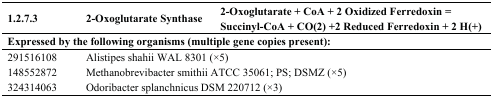
| 1.2.7.3 | 2-Oxoglutarate Synthase | 2-Oxoglutarate + CoA + 2 Oxidized Ferredoxin = Succinyl-CoA + CO(2) +2 Reduced Ferredoxin + 2 H(+) |
 | --- | --- | --- |
 | <COLSPAN=3> Expressed by the following organisms (multiple gene copies present): |
 | 291516108 | <COLSPAN=2> Alistipes shahii WAL 8301 (×5) |
 | 148552872 | <COLSPAN=2> Methanobrevibacter smithii ATCC 35061; PS; DSMZ (×5) |
 | 324314063 | <COLSPAN=2> Odoribacter splanchnicus DSM 220712 (×3) |